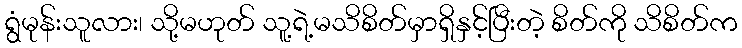
ရွံမုန်းသူလား၊ သို့မဟုတ် သူ့ရဲ့မသိစိတ်မှာရှိနှင့်ပြီးတဲ့ စိတ်ကို သိစိတ်က